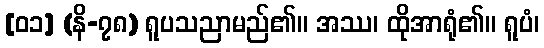
[၀၁] (နိ-၇၈) ရူပသညာမည်၏။ အဿ၊ ထိုအာရုံ၏။ ရူပံ၊